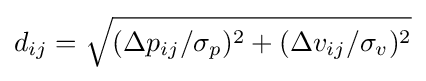
d_{ij}={\sqrt {(\Delta p_{ij}/\sigma _{p})^{2}+(\Delta v_{ij}/\sigma _{v})^{2}}}